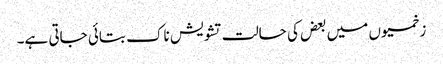
زخمیوں میں بعض کی حالت تشویش ناک بتائی جاتی ہے۔